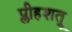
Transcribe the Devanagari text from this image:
प्लीहशत्रू